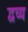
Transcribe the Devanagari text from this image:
द्वव्य